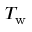
T _ { \mathrm { w } }